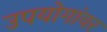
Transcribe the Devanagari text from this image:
उपयोगांवर